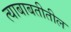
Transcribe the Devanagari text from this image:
त्याबाबतीतील